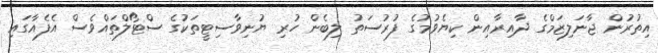
އިތުރުން ޖާނަލިޒަމްގެ ދާއިރާއިން ކިޔެވުމުގެ ފުރުސަތު ލިބެން ހުރި ޔުނިވާސިޓީތަކުގެ ސްޓޯލްތައްވެސް އެފެއާގައި